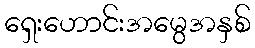
ရှေးဟောင်းအမွေအနှစ်